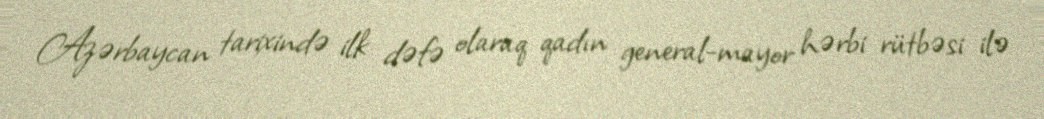
Azərbaycan tarixində ilk dəfə olaraq qadın general-mayor hərbi rütbəsi ilə